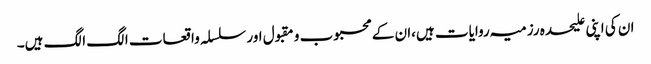
ان کی اپنی علیحدہ رزمیہ روایات ہیں،ان کے محبوب و مقبول اور سلسلہ واقعات الگ الگ ہیں۔